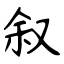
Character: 叙